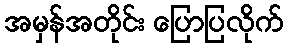
အမှန်အတိုင်း ပြောပြလိုက်